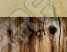
أخرى